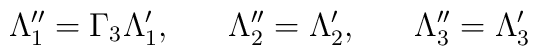
\Lambda^{\prime \prime}_1 = \Gamma_3 \Lambda^\prime_1, \; \; \; \; \; \;\Lambda^{\prime \prime}_2 = \Lambda^\prime_2, \; \; \; \; \; \;\Lambda^{\prime \prime}_3 = \Lambda^\prime_3